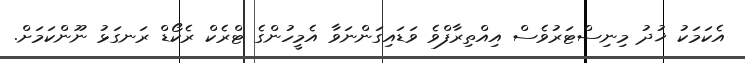
އެކަމަކު ޚުދު މިނިސްޓަރުވެސް އިއްތިރާފްވެ ވަޑައިގަންނަވާ އެމީހުންގެ ޓްރެކް ރެކޯޑް ރަނގަޅު ނޫންކަމަށް.